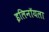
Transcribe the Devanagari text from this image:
इलिनॉयला